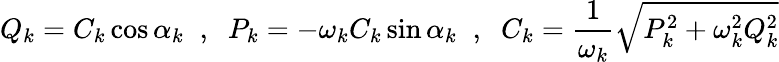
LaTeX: Q_{k}=C_{k}\cos\alpha_{k}\; \; ,\; \; P_{k}=-\omega_{k}C_{k}\sin\alpha_{k}\; \; ,\; \; C_{k}=\frac{1}{\omega_{k}}\sqrt{P_{k}^{2}+\omega_{k}^{2}Q_{k}^{2}}